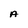
Character: A